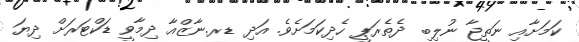
ކަމަށާއި ނަތީޖާ ނުލިބި ދެތެރަޕީ ހެދިކަމަށެވެ. އަދި ޑރ.ނާޒްއާ ދިމާވީ ޑަކްޓަރަށް ދިޔަ